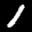
Label: 1